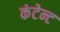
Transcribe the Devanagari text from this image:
कंटेन्ट